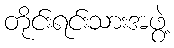
တိုင်းရင်းသားအဖွဲ့